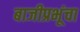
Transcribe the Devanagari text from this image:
बाजीप्रभूंचा